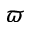
\varpi